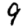
Digit: 9